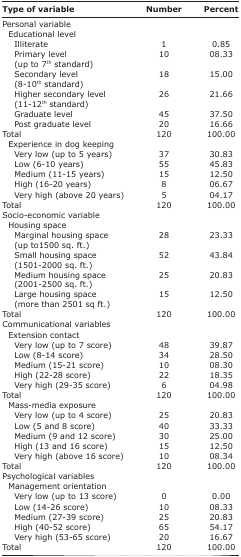
| Type of variable | Number | Percent |
 | --- | --- | --- |
 | Personal variable |  |  |
 | Educational level |  |  |
 | Illiterate | 1 | 0.85 |
 | Primary level (up to 7th standard) | 10 | 08.33 |
 | Secondary level (8-10th standard) | 18 | 15.00 |
 | Higher secondary level (11-12th standard) | 26 | 21.66 |
 | Graduate level | 45 | 37.50 |
 | Post graduate level | 20 | 16.66 |
 | Total | 120 | 100.00 |
 | Experience in dog keeping |  |  |
 | Very low (up to 5 years) | 37 | 30.83 |
 | Low (6-10 years) | 55 | 45.83 |
 | Medium (11-15 years) | 15 | 12.50 |
 | High (16-20 years) | 8 | 06.67 |
 | Very high (above 20 years) | 5 | 04.17 |
 | Total | 120 | 100.00 |
 | Socio-economic variable |  |  |
 | Housing space |  |  |
 | Marginal housing space (up to1500 sq. ft.) | 28 | 23.33 |
 | Small housing space (1501-2000 sq. ft.) | 52 | 43.84 |
 | Medium housing space (2001-2500 sq. ft.) | 25 | 20.83 |
 | Large housing space (more than 2501 sq ft.) | 15 | 12.50 |
 | Total | 120 | 100.00 |
 | Communicational variables |  |  |
 | Extension contact |  |  |
 | Very low (up to 7 score) | 48 | 39.87 |
 | Low (8-14 score) | 34 | 28.50 |
 | Medium (15-21 score) | 10 | 08.30 |
 | High (22-28 score) | 22 | 18.35 |
 | Very high (29-35 score) | 6 | 04.98 |
 | Total | 120 | 100.00 |
 | Mass-media exposure |  |  |
 | Very low (up to 4 score) | 25 | 20.83 |
 | Low (5 and 8 score) | 40 | 33.33 |
 | Medium (9 and 12 score) | 30 | 25.00 |
 | High (13 and 16 score) | 15 | 12.50 |
 | Very high (above 16 score) | 10 | 08.34 |
 | Total | 120 | 100.00 |
 | Psychological variables |  |  |
 | Management orientation |  |  |
 | Very low (up to 13 score) | 0 | 0.00 |
 | Low (14-26 score) | 10 | 08.33 |
 | Medium (27-39 score) | 25 | 20.83 |
 | High (40-52 score) | 65 | 54.17 |
 | Very high (53-65 score) | 20 | 16.67 |
 | Total | 120 | 100.00 |